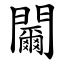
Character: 䦵